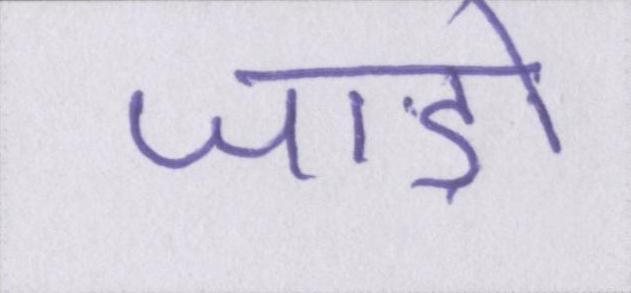
जाड़ों